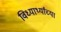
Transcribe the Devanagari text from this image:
विध्यार्थ्यांच्या